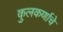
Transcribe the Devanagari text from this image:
कुलकर्णाचे